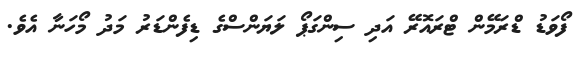
ފޯވަޑު ޑްރަމޭން ޓްރައޮރޭ އަދި ސިންގަޕޯ ލަޔަންސްގެ ޑިފެންޑަރު މަދު މޯހަނާ އެވެ.